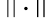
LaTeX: \left\lVert\cdot\right\rVert